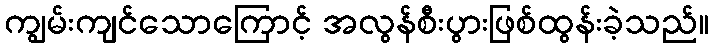
ကျွမ်းကျင်သောကြောင့် အလွန်စီးပွားဖြစ်ထွန်းခဲ့သည်။